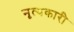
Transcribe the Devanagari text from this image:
नृत्यकारी